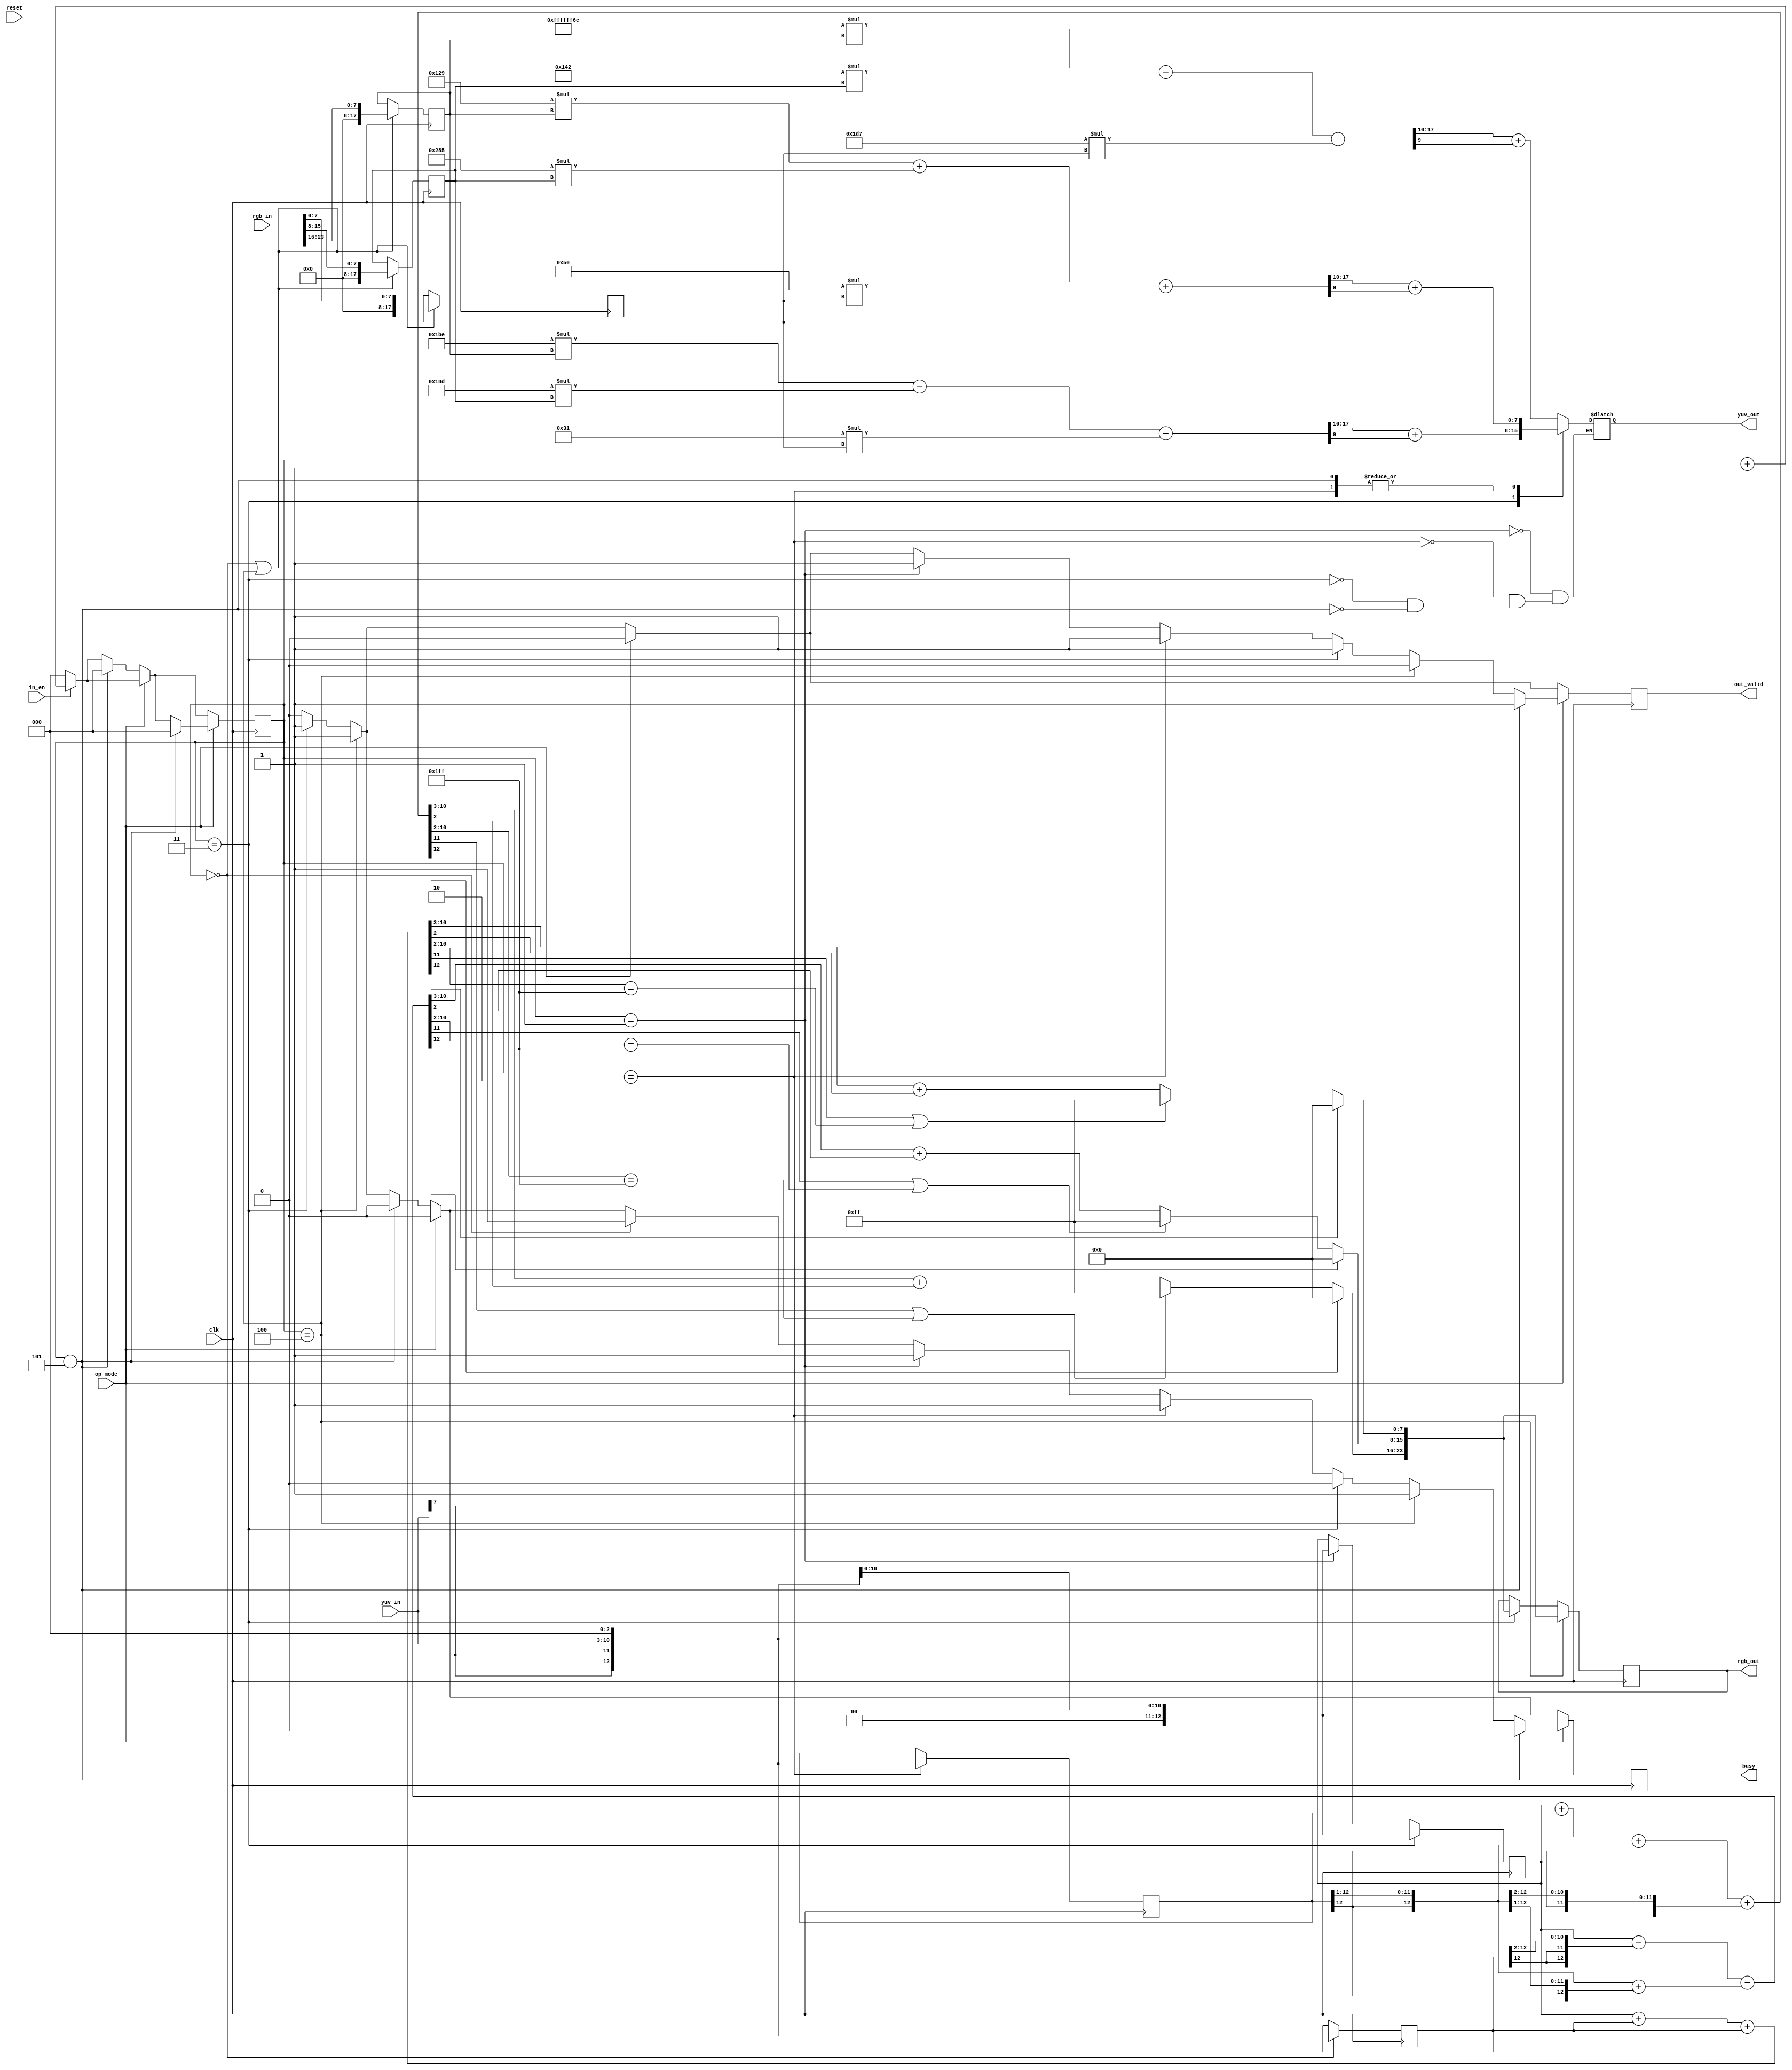
`timescale 1ns/10ps
module CTE ( clk, reset, op_mode, in_en, yuv_in, rgb_in, busy, out_valid, rgb_out, yuv_out);
input   clk ;
input   reset ;
input   op_mode;
input   in_en;
output  busy;
output  out_valid;
input   [7:0]   yuv_in;
output  [23:0]  rgb_out;
input   [23:0]  rgb_in;
output  [7:0]   yuv_out;

//Write your code here 

reg busy;
reg out_valid;
reg[2:0]cnt;

reg[12:0]yuv_in_arr[0:2]; //2+8bit+3
reg[12:0]rgb_preout_arr[0:2];
reg[7:0]rgb_out_arr[0:2];
reg[23:0]rgb_out;


reg[17:0]rgb_in_arr[0:2];
reg[17:0]yuv_preout_arr[0:2];
reg[7:0]yuv_out_arr[0:2];
reg[7:0]yuv_out;

//cnt
always@(posedge clk)begin
    if(reset)begin
        cnt <= 0;
    end
    if(in_en!=1)begin
        cnt <= 0;
    end
    
    else begin  
        cnt <= cnt +1;
    end    

    
    if(op_mode == 0)begin       //YUV to RGB

        if(cnt == 5)begin
            cnt <= 0;
        end
    end
    
    if(op_mode == 1)begin       //RGB to YUV
        if(cnt == 5)begin
            cnt <= 0;
        end
        
    end
   
end

//busy
always@(posedge clk)begin
    if(reset)begin
        busy <= 0;
    end
    busy <= 0;

    if(op_mode == 0)begin   // YUV to RGB

        if(cnt == 2)begin 
            busy <= 0;
        end
        if(cnt == 3)begin 
            busy <= 1;
        end
        if(cnt == 4)begin
            busy <= 1; 
        end
        if(cnt == 5)begin
            busy <= 0;
        end
    end    
    
    if(op_mode == 1)begin   //RGB to YUV

        if(cnt == 0)begin   //1
            busy <= 1;
        end
        if(cnt == 1)begin   //2
            busy <= 1;
        end
        if(cnt == 2)begin   //3
            busy <= 1; 
        end
        if(cnt == 3)begin   //4
            busy <= 0;
        end
        if(cnt == 4)begin   //5
            busy <= 1; 
        end
        if(cnt == 5)begin   //0
            busy <= 0; 
        end
    end
end

//out_valid 
always@(negedge clk)begin
    if(reset)begin
        out_valid <= 0;
    end
    out_valid <= 0;

    if(op_mode == 0)begin   // YUV to RGB

        if(cnt == 3)begin
            out_valid <= 1;
        end
        if(cnt == 4)begin
            out_valid <= 1;
        end
    end 

    if(op_mode == 1)begin   //RGB to YUV
        if(cnt == 1)begin
            out_valid <= 1;
        end
        if(cnt == 2)begin
            out_valid <= 1;
        end
        if(cnt == 3)begin
            out_valid <= 1;
        end
        if(cnt == 4)begin
            out_valid <= 0;
        end
        if(cnt == 5)begin
            out_valid <= 1;
        end
    end
end

always@(negedge clk)begin    //rgb out
    if(cnt == 3)begin
        rgb_out = {rgb_out_arr[0],rgb_out_arr[1],rgb_out_arr[2]};
    end
    if(cnt == 4)begin
        rgb_out = {rgb_out_arr[0],rgb_out_arr[1],rgb_out_arr[2]};
    end
end

always@(posedge clk)begin   //yuv in arr

    if(cnt == 0)begin
        yuv_in_arr[1] <= {{2{yuv_in[7]}},yuv_in,3'b0};
    end
    if(cnt == 1)begin
        yuv_in_arr[0] <= {2'b00,yuv_in,3'b0};
    end
    if(cnt == 2)begin
        yuv_in_arr[2] <= {{2{yuv_in[7]}},yuv_in,3'b0};
    end
    if(cnt == 3)begin
        yuv_in_arr[0] <= {2'b00,yuv_in,3'b0};
    end
end

always@(*)begin     //YUV to RGB cal
    //R
    rgb_preout_arr[0] = {yuv_in_arr[0]}+
                        {yuv_in_arr[2]}+
                        {{yuv_in_arr[2][12]},yuv_in_arr[2][12:1]}+
                        {{3{yuv_in_arr[2][12]}},yuv_in_arr[2][12:3]};
    
    if(rgb_preout_arr[0][12])begin      //
        rgb_out_arr[0] = 8'b0;
    end
    else if(rgb_preout_arr[0][11]||rgb_preout_arr[0][10:2]==9'b111111111)begin //overflow
        rgb_out_arr[0] = 255;
    end
    else begin
        rgb_out_arr[0]  = rgb_preout_arr[0][10:3]+rgb_preout_arr[0][2];
    end
    
    //G
    rgb_preout_arr[1] = (   yuv_in_arr[0]-
                            {{2{yuv_in_arr[1][12]}},yuv_in_arr[1][12:2]}   )-
                        (   {yuv_in_arr[2][12],yuv_in_arr[2][12:1]}+
                            {{2{yuv_in_arr[2][12]}},yuv_in_arr[2][12:2]}   );
                        
    if(rgb_preout_arr[1][12])begin
        rgb_out_arr[1] = 8'b0;
    end
    else if(rgb_preout_arr[1][11]||rgb_preout_arr[1][10:2]==9'b111111111)begin //overflow
        rgb_out_arr[1] = 255;
    end
    else begin
        rgb_out_arr[1]  = rgb_preout_arr[1][10:3]+rgb_preout_arr[1][2];
    end
    
    //B
    rgb_preout_arr[2] = yuv_in_arr[0]+yuv_in_arr[1]+yuv_in_arr[1];
    
    if(rgb_preout_arr[2][12])begin
        rgb_out_arr[2] = 8'b0;
    end
    else if(rgb_preout_arr[2][11]||rgb_preout_arr[2][10:2]==9'b111111111)begin //overflow
        rgb_out_arr[2] = 255;
    end
    else begin
        rgb_out_arr[2]  = rgb_preout_arr[2][10:3]+rgb_preout_arr[2][2];
    end
end

/////////////////////////RGB to YUV///////////////////////////////

/*
always@(negedge clk)begin     //RGB to YUV out

    if(cnt==1)begin
        yuv_out <= yuv_out_arr[1];
    end
    if(cnt==2)begin
        yuv_out <= yuv_out_arr[0];
    end
    if(cnt==3)begin
        yuv_out <= yuv_out_arr[2];
    end
    if(cnt==5)begin
        yuv_out <= yuv_out_arr[0];
    end
    
end
*/

always@(*)begin     //RGB to YUV out
    
    case(cnt)
        3'd1:
            yuv_out = yuv_out_arr[1];
        3'd2:
            yuv_out = yuv_out_arr[0];
        3'd3:
            yuv_out = yuv_out_arr[2];
        3'd5:
            yuv_out = yuv_out_arr[0];
    endcase
end

always@(posedge clk)begin   //rgb in arr
    if(cnt == 3'd0 | cnt == 3'd4)begin
        rgb_in_arr[0] <= {10'b0,rgb_in[23:16]};
        rgb_in_arr[1] <= {10'b0,rgb_in[15:8]};
        rgb_in_arr[2] <= {10'b0,rgb_in[7:0]};
    end
end
    
always@(*)begin         //RGB to YUV out

    yuv_preout_arr[0] = 297*rgb_in_arr[0]+645*rgb_in_arr[1]+80*rgb_in_arr[2];
    yuv_out_arr[0] = yuv_preout_arr[0][17:10]+yuv_preout_arr[0][9];
    
    yuv_preout_arr[1] = -148*rgb_in_arr[0]-322*rgb_in_arr[1]+471*rgb_in_arr[2];
    yuv_out_arr[1] = yuv_preout_arr[1][17:10]+yuv_preout_arr[1][9];
    
    yuv_preout_arr[2] = 446*rgb_in_arr[0]-397*rgb_in_arr[1]-49*rgb_in_arr[2];
    yuv_out_arr[2] = yuv_preout_arr[2][17:10]+yuv_preout_arr[2][9];
    
end

endmodule